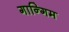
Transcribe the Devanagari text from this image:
गान्गिम